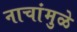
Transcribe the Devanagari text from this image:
नाचांमुळे